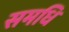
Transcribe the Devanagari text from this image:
समधि